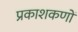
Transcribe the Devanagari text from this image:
प्रकाशकणों